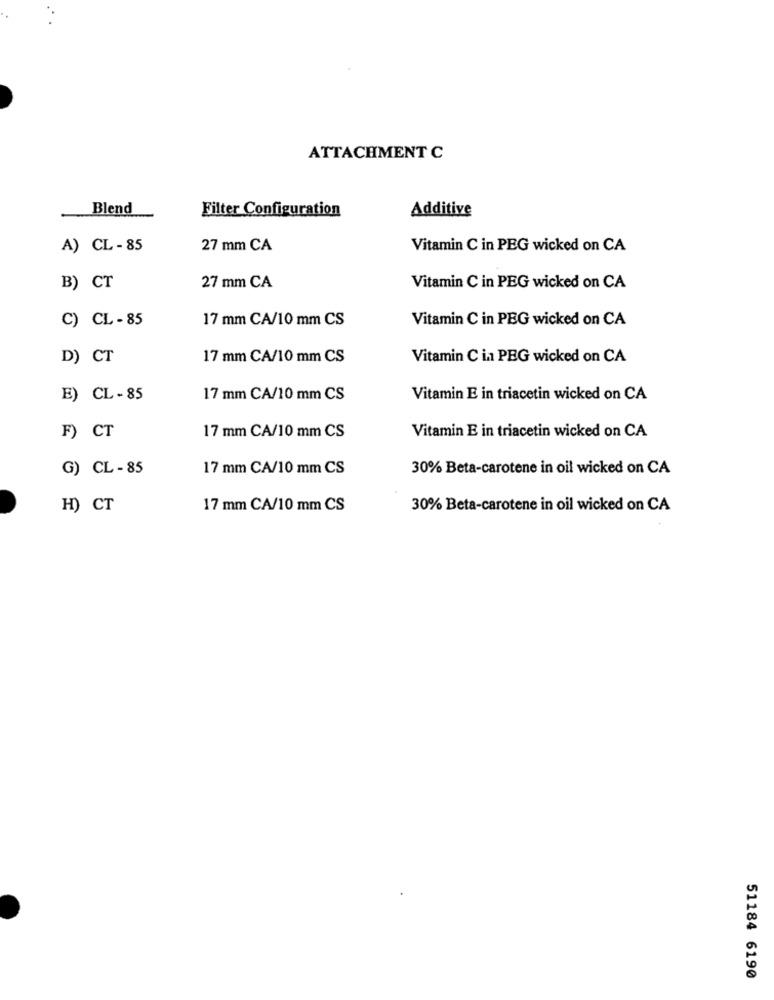
ATTACHMENT C
Blend
Filter Configuration
Additive
A) CL - 85
27 mm CA
Vitamin C in PEG wicked on CA
B) CT
27 mm CA
Vitamin C in PEG wicked on CA
C) CL - 85
17 mm CA/10 mm CS
Vitamin C in PEG wicked on CA
D) CT
17 mm CA/10 mm CS
Vitamin C in PEG wicked on CA
E) CL- 85
17 mm CA/10 mm CS
Vitamin E in triacetin wicked on CA
F) CT
17 mm CA/10 mm CS
Vitamin E in triacetin wicked on CA
G) CL - 85
17 mm CA/10 mm CS
30% Beta-carotene in oil wicked on CA
H) CT
17 mm CA/10 mm CS
30% Beta-carotene in oil wicked on CA
51184 6190